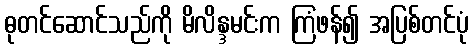
ဓုတင်ဆောင်သည်ကို မိလိန္ဒမင်းက ကြံဖန်၍ အပြစ်တင်ပုံ